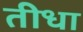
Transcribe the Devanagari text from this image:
तीधा